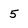
Character: 5